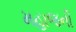
મહાજની